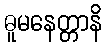
ဓူမနေတ္တာနိ